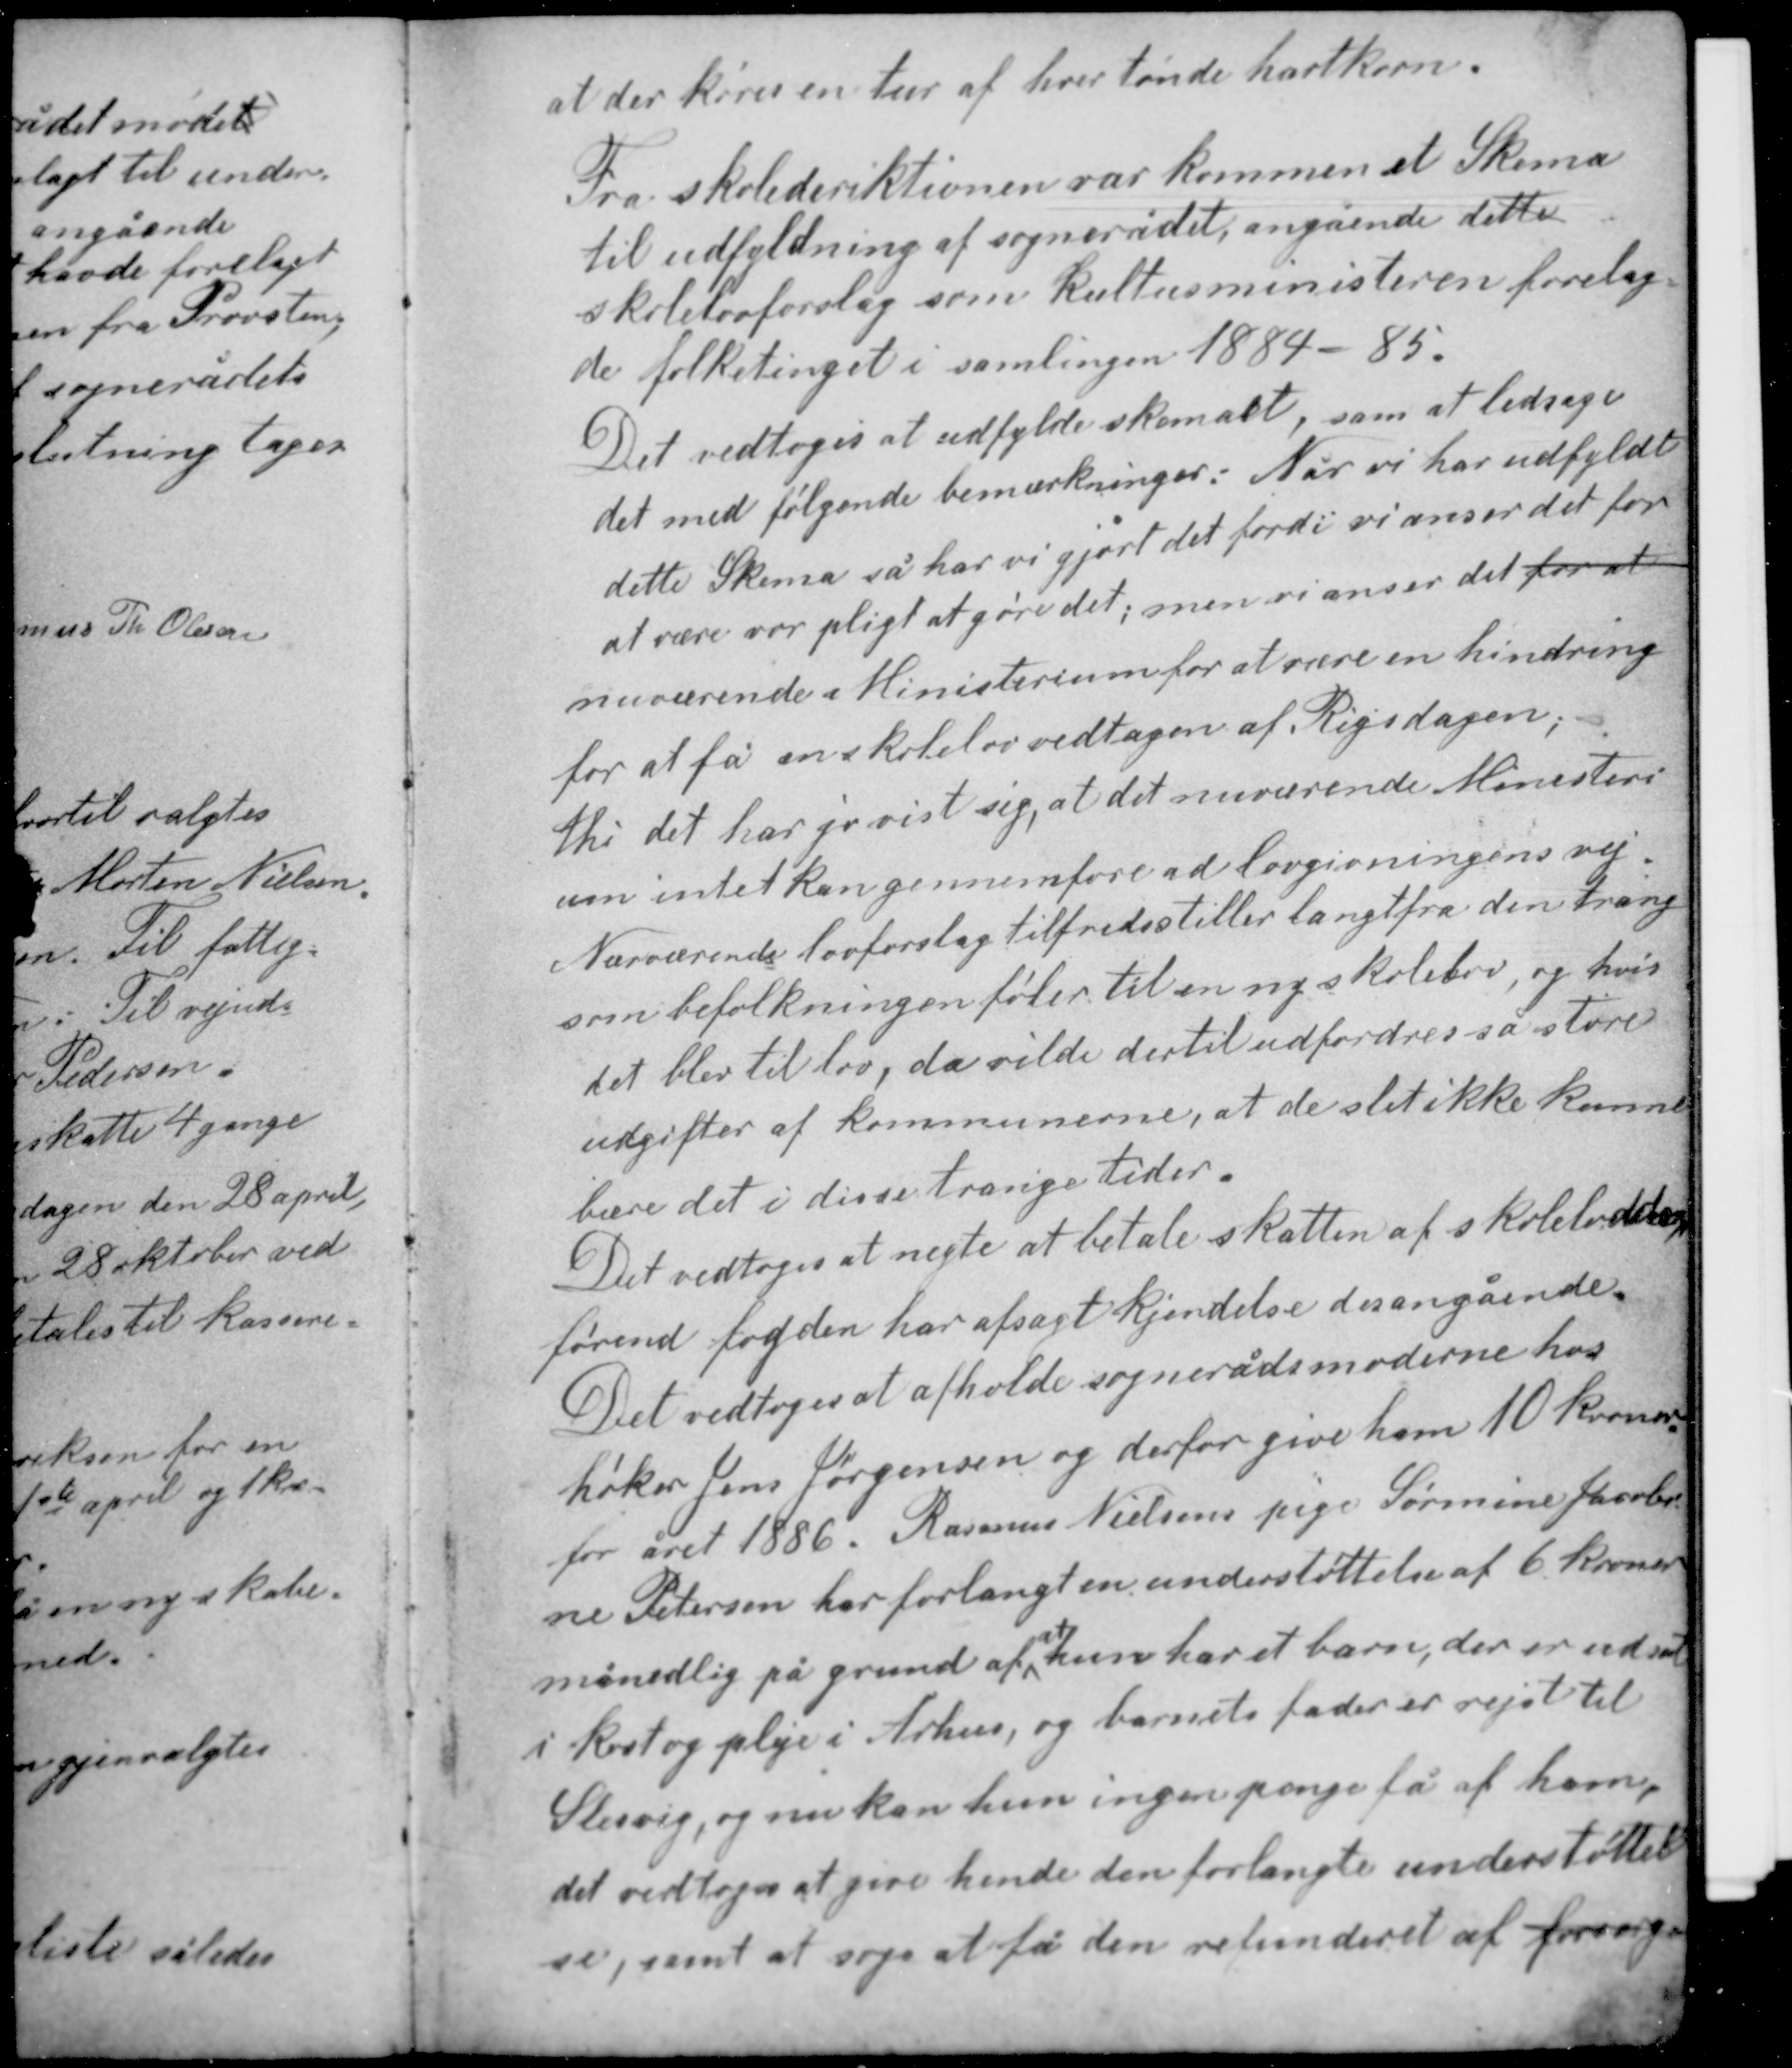
Transskription:
at der køres en tur af hver tønde hartkorn.

Fra skolederiktionen var kommen et Skema
til udfyldning af sognerådet, angående dette
skolelovforslag som kulturministeren forelag-
de folketinget i samlingen 1884-85.

Det vedtoges at udfylde skemaet, som at ledsage
det med følgende bemærkninger: Når vi har udfyldt
dette Skema så har vi gjort det fordi vi anser det for
at være vor pligt at gøre det; men vi anser det for at
nuværende Ministerium for at være en hindring
for at få en skolelov vedtagen af Rigsdagen;
thi det har jo vist sig, at det nuværende Ministeri-

um intet kan gennemføre ad lovgivningens vej.
Nuværende lovforslag tilfredsstiller langt fra den trang
som befolkningen føler til en ny skolelov, og hvis
det blev til lov, da vilde dertil udfordres så store
udgifter af kommunerne, at de slet ikke kunne
bære det i disse trange tider.

Det vedtoges at nægte at betale skatten af skolelodden
førend fogden har afsagt kjendelse desangående.
Det vedtoges at afholde sognerådsmøderne hos
høker Jens Jørgensen og derfor give ham 10 kroner
for året 1886. Rasmus Nielsens pige Sørmine Jacobi-
ne Petersen har forlangt en understøttelse af 6 kroner
at
månedlig på grund af hun har et barn, der er udsat
i kost og pleje i Århus, og barnets fader er rejst til

Slesvig, og nu kan hun ingen penge få af ham,
det vedtoges at give hende den forlangte understøttel-
se, samt at søge at få den refunderet af forsorg-